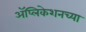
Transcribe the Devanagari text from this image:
अॅप्लिकेशनच्या